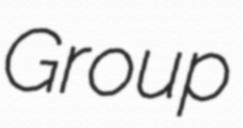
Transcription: Group